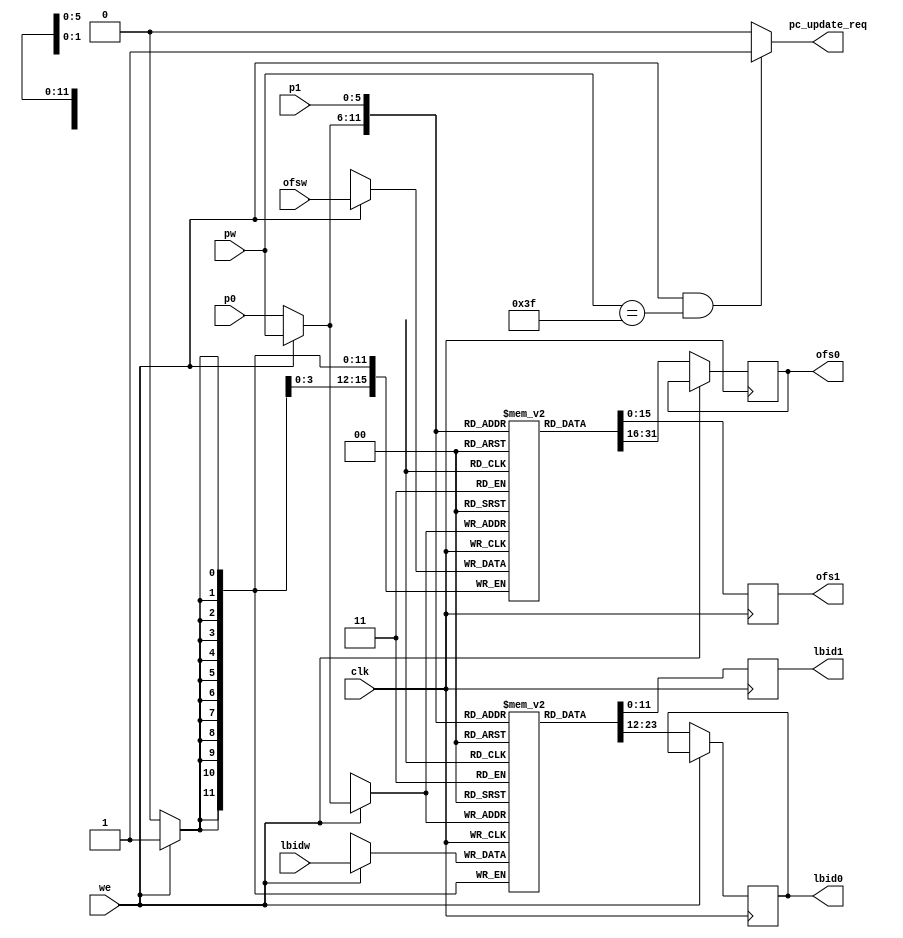
module PointerRegister(clk, 
	p0, p1, pw, 
	lbid0, lbid1, lbidw, 
	ofs0, ofs1, ofsw, 
	we, pc_update_req);
	input clk, we;
	input [5:0] p0, p1, pw;
	output reg [11:0] lbid0, lbid1;
	input [11:0] lbidw;
	output reg [15:0] ofs0, ofs1;
	input [15:0] ofsw;
	output pc_update_req;

	reg [11:0] lbidfile[63:0];	// 
	reg [15:0] ofsfile[63:0];
	
	wire [5:0] rwp0;
/*
	assign lbid0 = lbidfile[p0];
	assign lbid1 = lbidfile[p1];

	assign ofs0 = ofsfile[p0];
	assign ofs1 = ofsfile[p1];
*/
	assign pc_update_req = (we == 1 && pw == 6'h3f) ? 1 : 0;
	// p0 and pw
	
	assign rwp0 = (we == 1) ? pw : p0;
	
	always @ (posedge clk)
		begin
			if(we == 1) begin
				lbidfile[rwp0] <= lbidw;
				ofsfile[rwp0]  <= ofsw;
			end
			else begin
				lbid0 <= lbidfile[rwp0];
				ofs0  <= ofsfile[rwp0];
			end
		end
	// p1
	always @ (posedge clk)
		begin
			lbid1 <= lbidfile[p1];
			ofs1  <= ofsfile[p1];
		end
endmodule